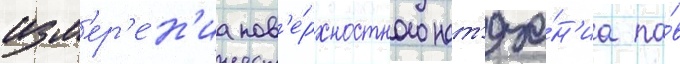
изм'ер'е́н'иа пов'е́рхностного нат'яже́н'иа па́в